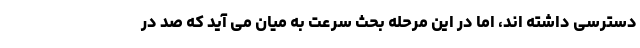
دسترسی داشته اند، اما در این مرحله بحث سرعت به میان می آید که صد در